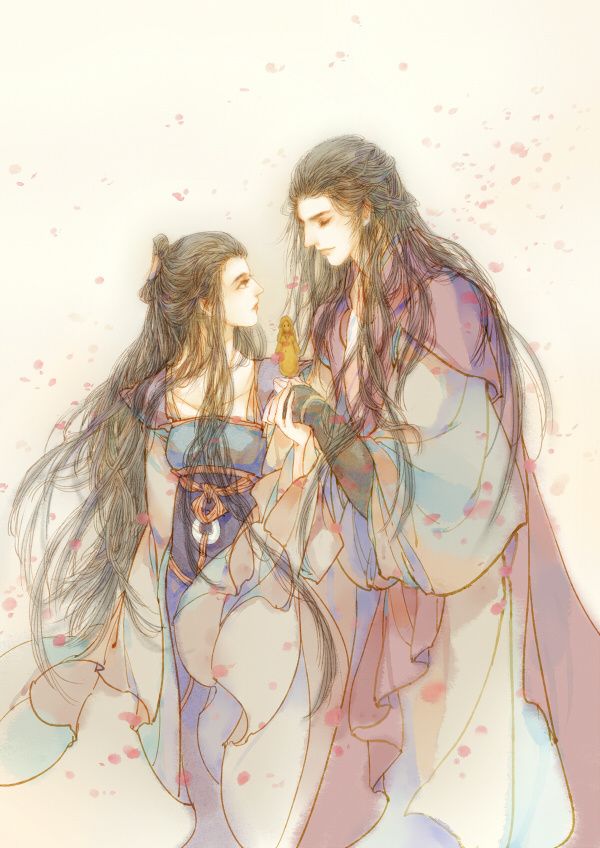
二月春花厌落梅。仙源归路碧桃催。